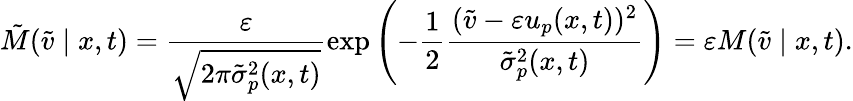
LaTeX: \tilde{M}(\tilde{v}\mid x,t)=\frac{\varepsilon}{\sqrt{2\pi\tilde{\sigma}_{p}^{2}(x,t)}}\exp\left(-\frac{1}{2}\frac{(\tilde{v}-\varepsilon u_{p}(x,t))^{2}}{\tilde{\sigma}_{p}^{2}(x,t)}\right)=\varepsilon M(\tilde{v}\mid x,t).